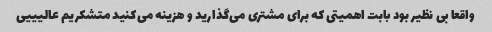
واقعا بی نظیر بود بابت اهمیتی که برای مشتری می‌گذارید و هزینه می‌کنید متشکریم عالیییی